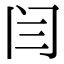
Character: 闫